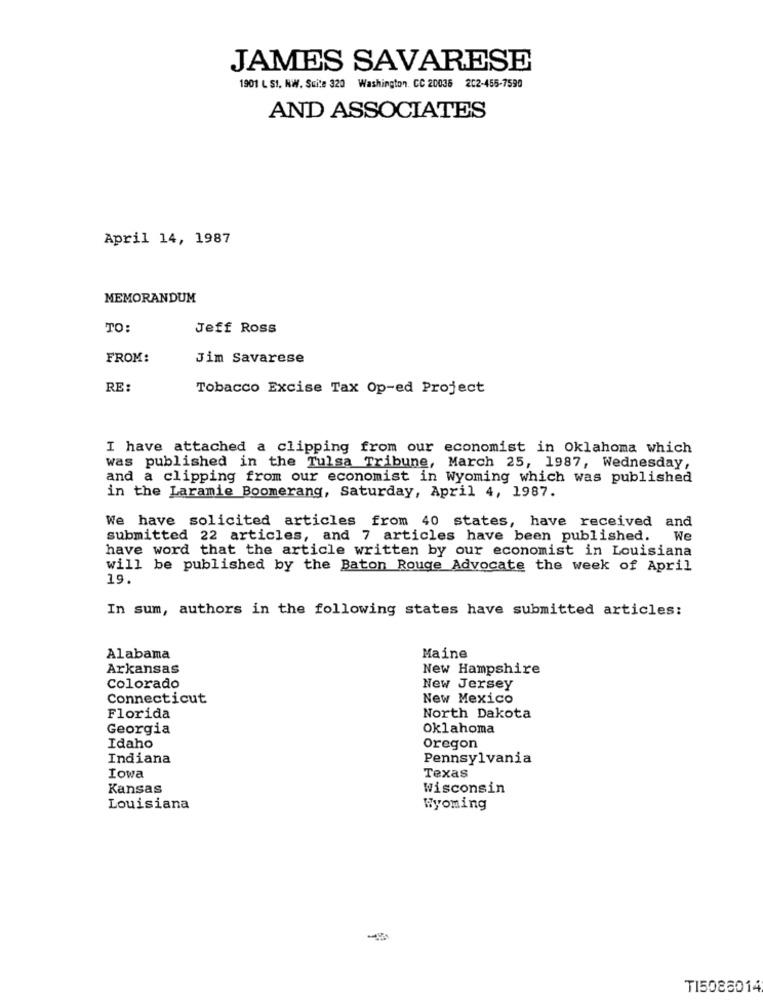
JAMES SAVARESE
1901 L S1. NW. Suite 320 Washington. CC 20036 202-455-7590
AND ASSOCIATES
April 14, 1987
MEMORANDUM
TO:
Jeff Ross
FROM:
Jim Savarese
RE:
Tobacco Excise Tax Op-ed Project
I have attached a clipping from our economist in Oklahoma which
was published in the Tulsa Tribune, March 25, 1987, Wednesday,
and a clipping from our economist in Wyoming which was published
in the Laramie Boomerang, Saturday, April 4, 1987.
We have solicited articles from 40 states, have received and
submitted 22 articles, and 7 articles have been published.
We
have word that the article written by our economist in Louisiana
will be published by the Baton Rouge Advocate the week of April
19.
In sum, authors in the following states have submitted articles:
Alabama
Maine
Arkansas
New Hampshire
Colorado
New Jersey
Connecticut
New Mexico
Florida
North Dakota
Georgia
Oklahoma
Idaho
Oregon
Indiana
Pennsylvania
Iowa
Texas
Kansas
wisconsin
Louisiana
Wyoming
TI5086014